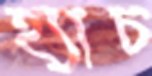
হ্যাচ